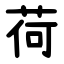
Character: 荷